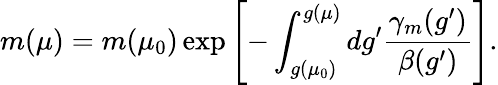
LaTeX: m(\mu)=m(\mu_{0})\exp\left[-\int_{g(\mu_{0})}^{g(\mu)}{dg^{\prime}\frac{\gamma_{m}(g^{\prime})}{\beta(g^{\prime})}}\right].